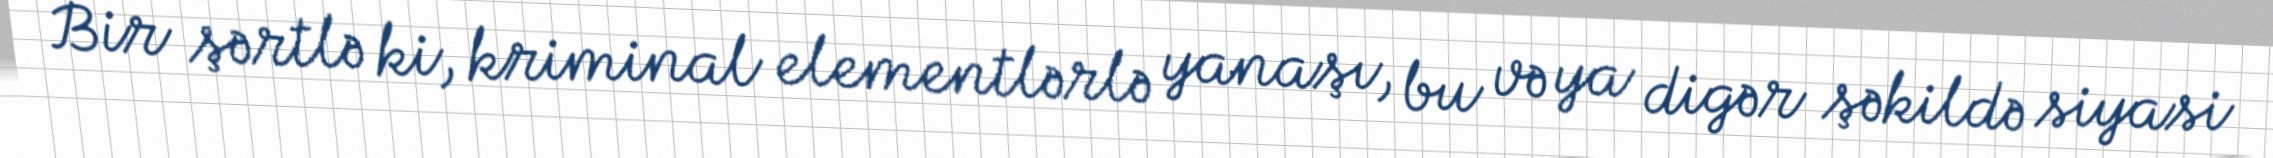
Bir şərtlə ki, kriminal elementlərlə yanaşı, bu və ya digər şəkildə siyasi